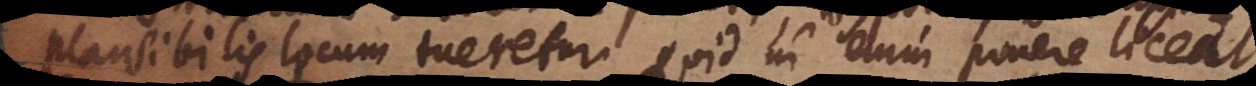
plausibilis locum tueretur. Quid ni enim ponere liceat,